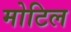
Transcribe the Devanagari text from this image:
मोटिल